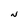
Character: N